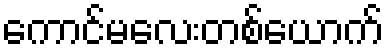
ကောင်မလေးတစ်ယောက်